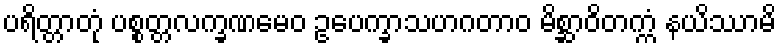
ပရိတ္တာတုံ ပစ္စတ္တလက္ခဏမေဝ ဥပေက္ခာသဟဂတာဝ မိစ္ဆာဝိတက္ကံ နယိဿာမိ